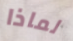
لماذا